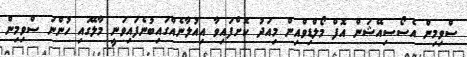
ސްވިމިން އެސޯސިއޭޝަން އޮފް މޯލްޑިވްއިން މިއަދު ކޮށްފައިވާ އިއުލާނެއްގައިބުނެފައިވަނީ މާލޭގައި ހުންނަ ސްވިމިން